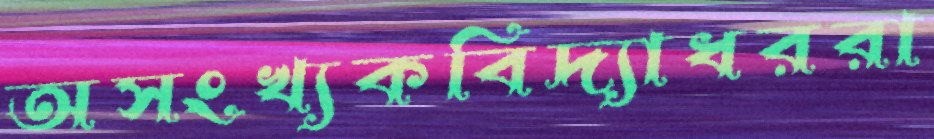
অসংখ্যকবিদ্যাধররা